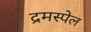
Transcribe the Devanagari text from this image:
द्रमस्पेल